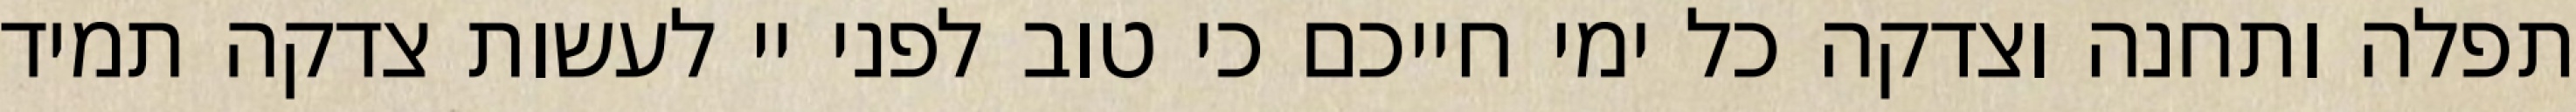
תפלה ותחנה וצדקה כל ימי חייכם כי טוב לפני יי לעשות צדקה תמיד